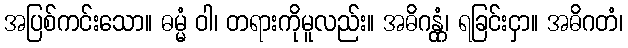
အပြစ်ကင်းသော။ ဓမ္မံ ဝါ၊ တရားကိုမူလည်း။ အဓိဂန္တုံ၊ ရခြင်းငှာ။ အဓိဂတံ၊